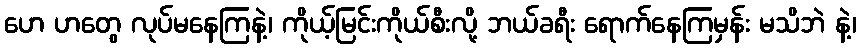
ဟေ ဟတွေ လုပ်မနေကြနဲ့၊ ကိုယ့်မြင်းကိုယ်စီးလို့ ဘယ်ခရီး ရောက်နေကြမှန်း မသိဘဲ နဲ့၊